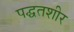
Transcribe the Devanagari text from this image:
पद्घतशीर